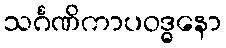
သင်္ဂဏိကာပဝဒ္ဓနော